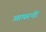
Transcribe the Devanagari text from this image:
आयरनों